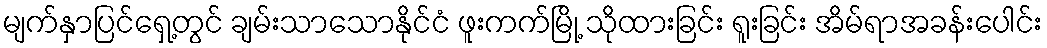
မျက်နှာပြင်ရှေ့တွင် ချမ်းသာသောနိုင်ငံ ဖူးကက်မြို့ သိုထားခြင်း ရူးခြင်း အိမ်ရာအခန်းပေါင်း